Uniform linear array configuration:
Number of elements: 24
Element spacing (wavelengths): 0.75
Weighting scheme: hann
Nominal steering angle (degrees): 30
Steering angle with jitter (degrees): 28.677
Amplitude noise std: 0.05
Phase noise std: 0.05

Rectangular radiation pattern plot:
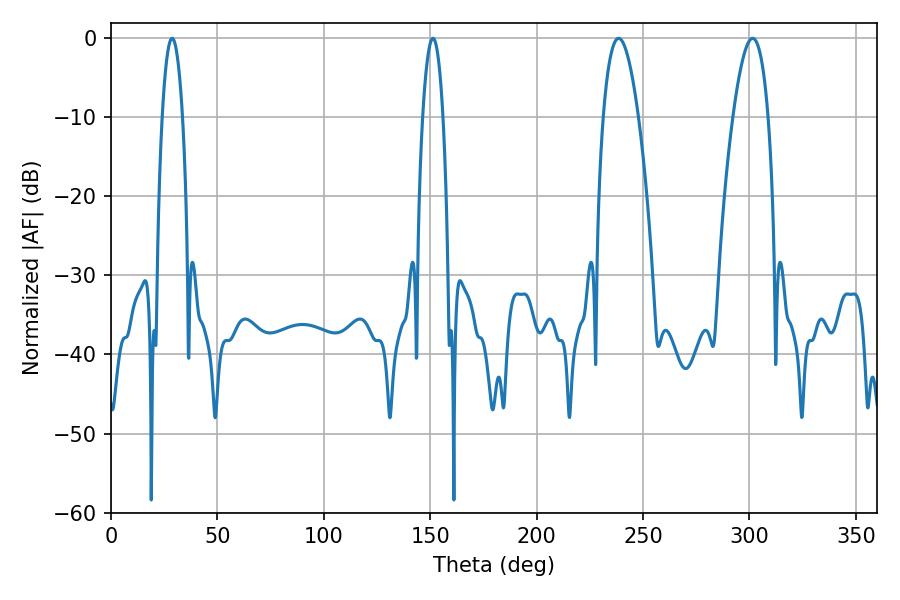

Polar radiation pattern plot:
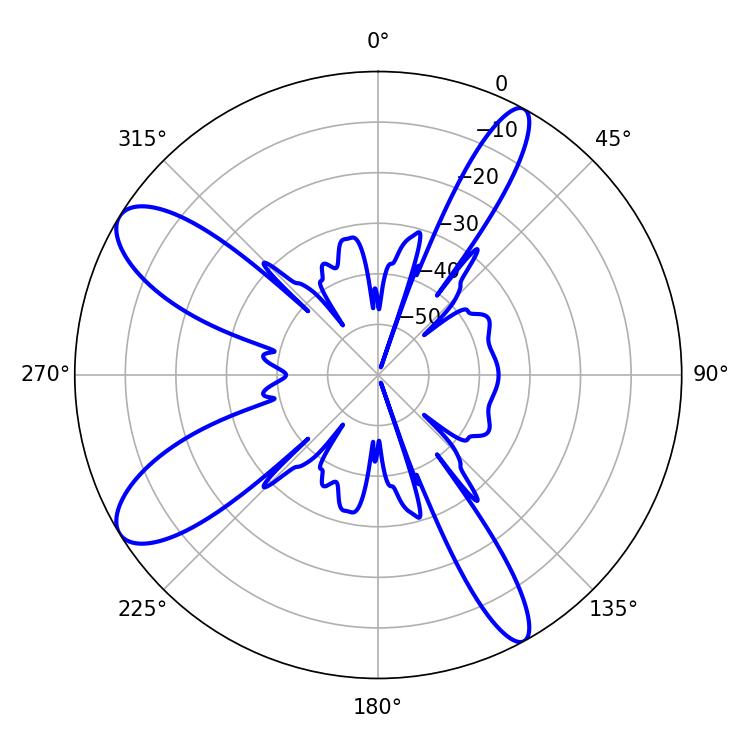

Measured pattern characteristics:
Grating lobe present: TRUE
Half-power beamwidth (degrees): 9
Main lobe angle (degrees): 238.5